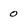
Character: 0